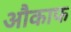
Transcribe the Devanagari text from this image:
औकाफ